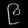
Digit: ၉